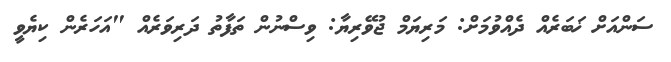
ސަންއަށް ޚަބަރެއް ދެއްވުމަށް: މަރިޔަމް ޖުވޭރިޔާ: ވިސްނުން ތަފާތު ދަރިވަރެއް "އަހަރެން ކިޔެވީ